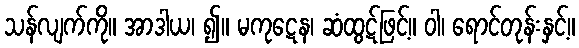
သန်လျက်ကို။ အာဒါယ၊ ၍။ မကုဋေန၊ ဆံထွဋ်ဖြင့်။ ဝါ၊ ရောင်တုန်းနှင့်။